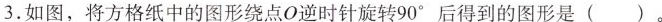
3.如图，将方格纸中的图形绕点O逆时针旋转90°后得到的图形是 ( )。